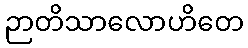
ဉာတိသာလောဟိတေ